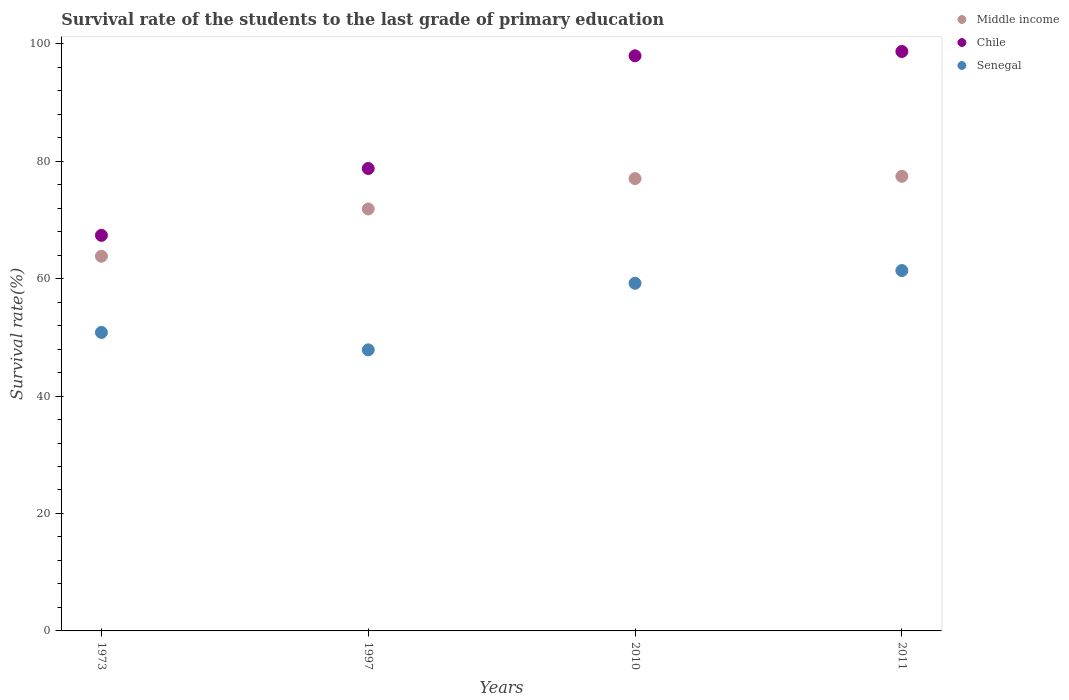
| Years | Middle income | Chile | Senegal |
 | --- | --- | --- | --- |
 | 1973 | 63.8 | 67.4 | 50.8 |
 | 1997 | 71.8 | 78.7 | 47.9 |
 | 2010 | 77 | 97.9 | 59.2 |
 | 2011 | 77.4 | 98.7 | 61.4 |